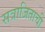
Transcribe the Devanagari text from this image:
सत्राजिताची